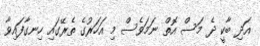
އަދި ބާކީ ދެ މަސް އޮތް ނަމަވެސް މި އަހަރުގެ ތެރޭގައި ހިނގާފައިވާ